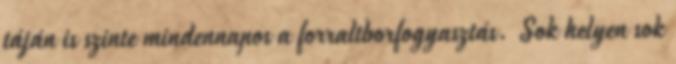
táján is szinte mindennapos a forraltborfogyasztás. Sok helyen sok